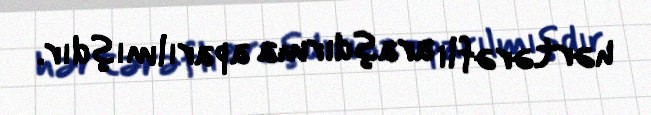
hərtərəfli araşdırma aparılmışdır.